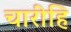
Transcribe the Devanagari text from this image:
चारीहि